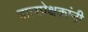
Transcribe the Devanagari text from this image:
बालप्रेक्षकांनी